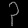
Digit: ၃